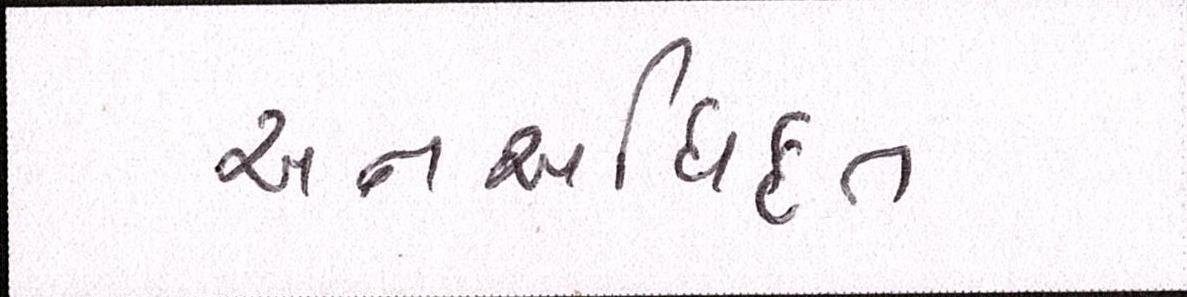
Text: અનઅધિકૃત